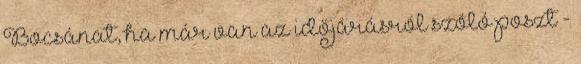
Bocsánat, ha már van az időjárásról szóló poszt -